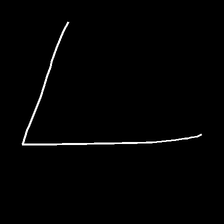
Glyph: region